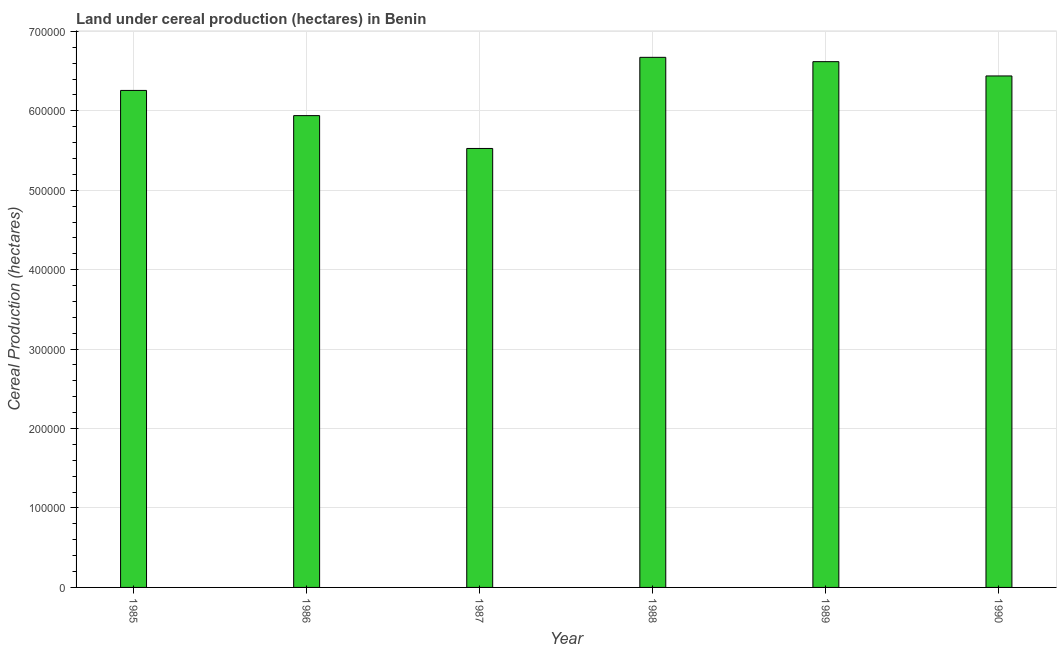
| Year | Land under cereal production (hectares) |
 | --- | --- |
 | 1985 | 6.26e+05 |
 | 1986 | 5.94e+05 |
 | 1987 | 5.53e+05 |
 | 1988 | 6.67e+05 |
 | 1989 | 6.62e+05 |
 | 1990 | 6.44e+05 |